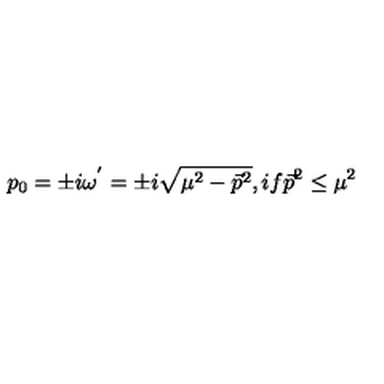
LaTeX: p _ { 0 } = \pm i { \omega } ^ { ' } = \pm i \sqrt { { \mu } ^ { 2 } - { \vec { p } } ^ { 2 } } , i f { \vec { p } } ^ { 2 } \leq { \mu } ^ { 2 }